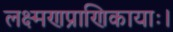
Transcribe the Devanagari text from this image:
लक्ष्मणप्राणिकायाः।